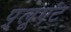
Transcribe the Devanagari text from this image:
प़्लूएंट